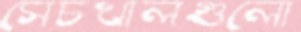
সেচখালগুলো